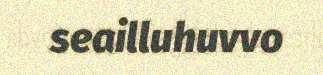
seailluhuvvo